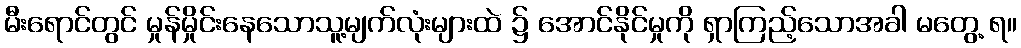
မီးရောင်တွင် မှုန်မှိုင်းနေသောသူ့မျက်လုံးများထဲ ၌ အောင်နိုင်မှုကို ရှာကြည့်သောအခါ မတွေ့ ရ။